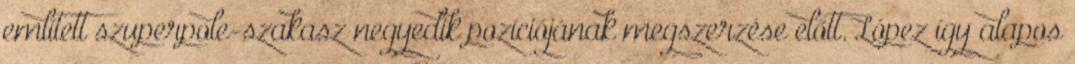
említett szuperpole-szakasz negyedik pozíciójának megszerzése előtt. López így alapos